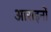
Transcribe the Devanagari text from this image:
आराइनों